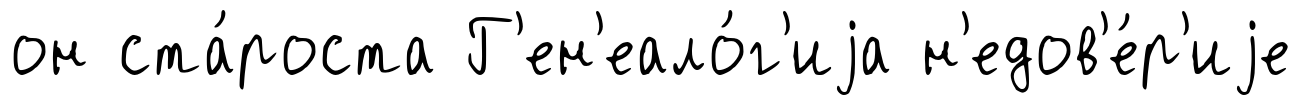
он ста́роста Г'ен'еало́г'иjа н'едов'е́р'иjе